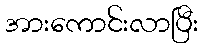
အားကောင်းလာပြီး